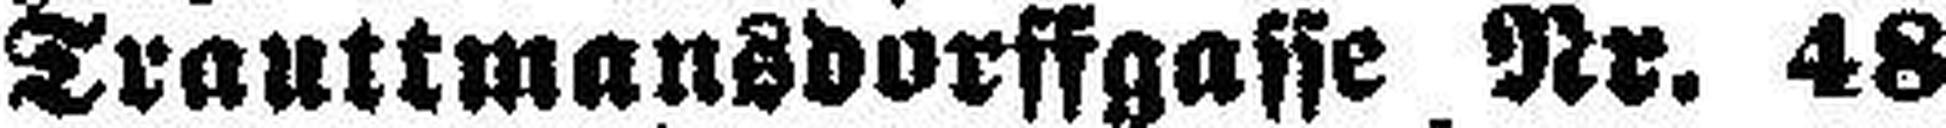
Trauttmansdorffgasse Nr. 48